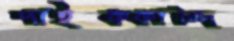
পাইককান্দি